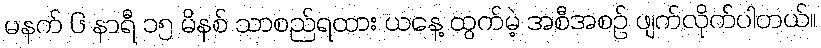
မနက် ၆ နာရီ ၁၅ မိနစ် သာစည်ရထား ယနေ့ ထွက်မဲ့ အစီအစဉ် ဖျက်လိုက်ပါတယ်။